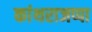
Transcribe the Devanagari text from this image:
कांथराजप्पा